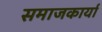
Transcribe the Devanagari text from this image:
समाजकार्या